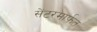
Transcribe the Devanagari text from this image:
सेंटरमार्फत